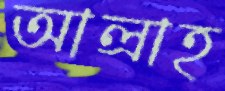
আল্রাহ